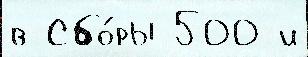
в Сбо́ры 500 и